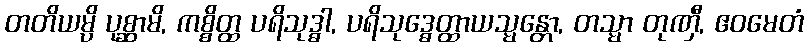
တတိယမ္ပိ ပုစ္ဆာမိ, ကစ္စိတ္ထ ပရိသုဒ္ဓါ, ပရိသုဒ္ဓေတ္ထာယသ္မန္တော, တသ္မာ တုဏှီ, ဧဝမေတံ